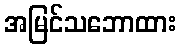
အမြင်သဘောထား